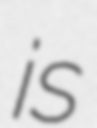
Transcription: is